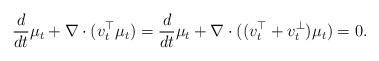
LaTeX: \begin{align*}\frac{d}{dt}\mu_t+\nabla\cdot(v_t^\top\mu_t)=\frac{d}{dt}\mu_t+\nabla\cdot((v_t^\top+v_t^\perp)\mu_t)=0.\end{align*}